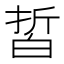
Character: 𰤙